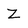
Character: Z